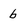
Character: b